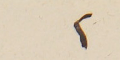
٢